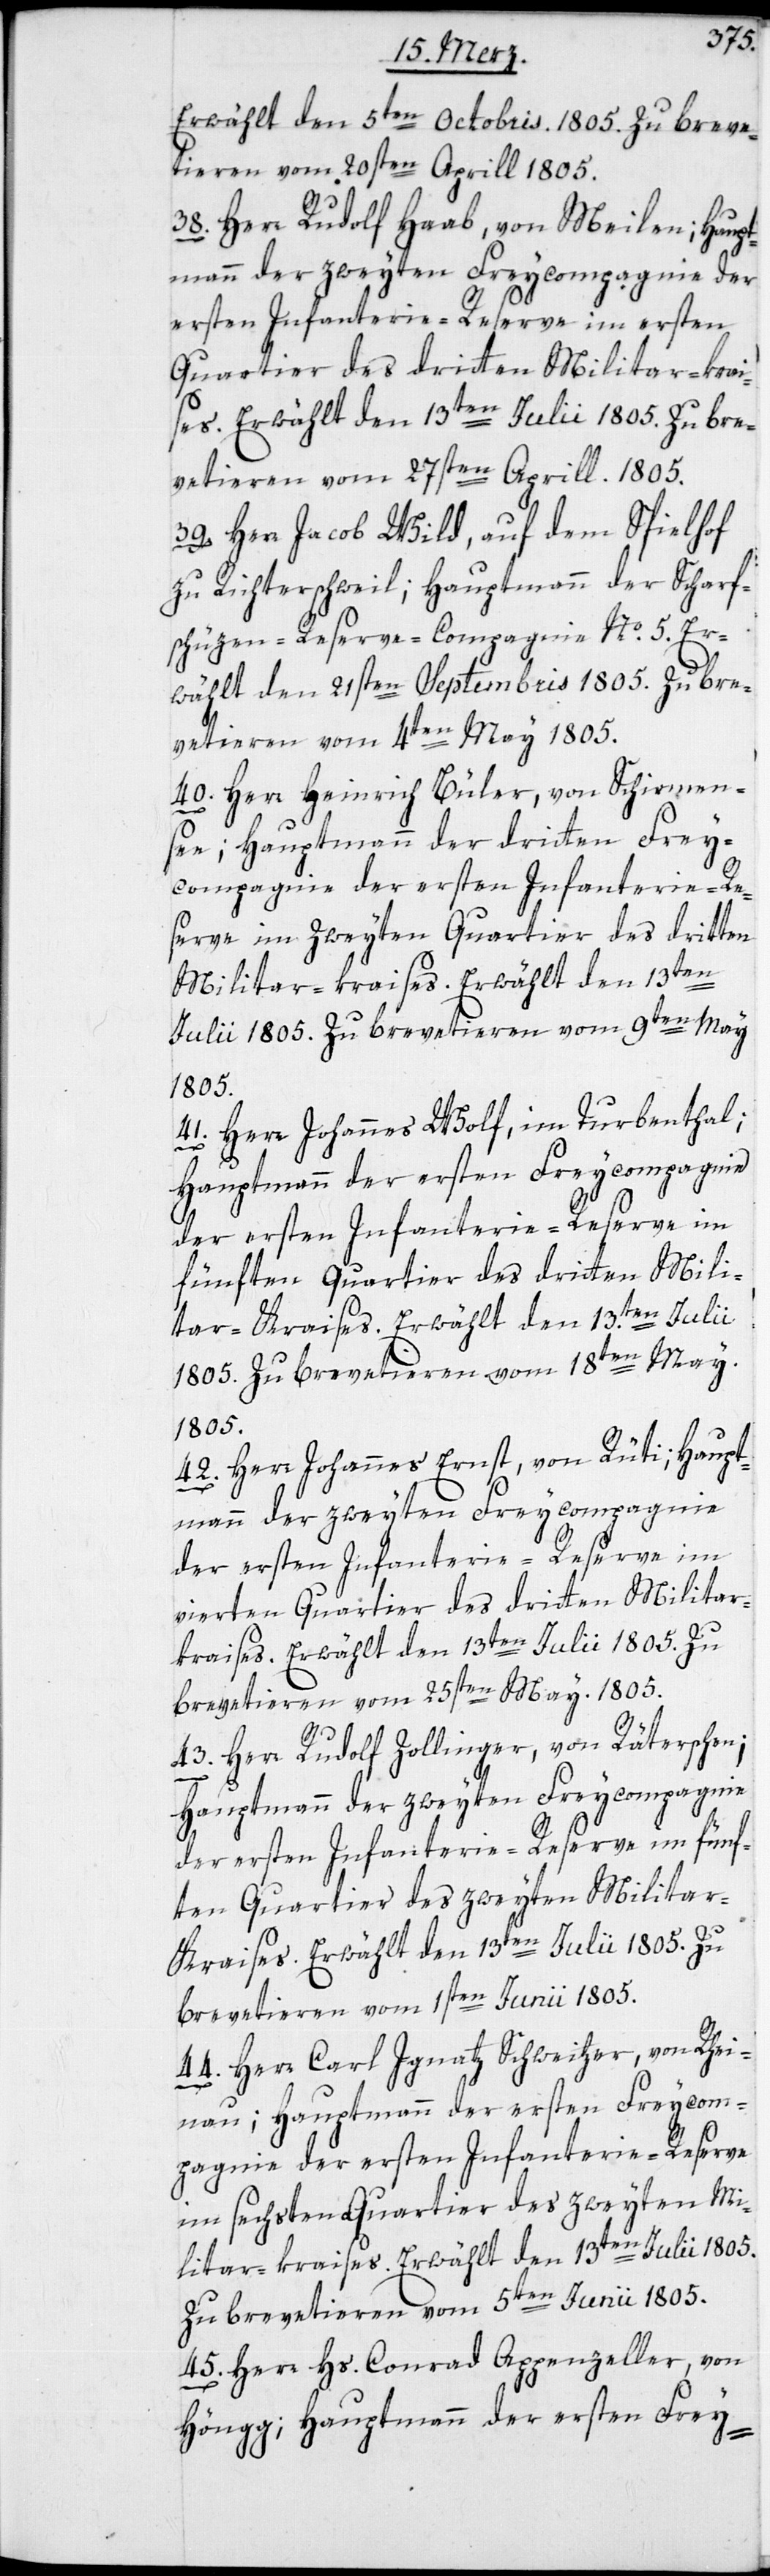
Erwählt den 5ten Octobris. 1805. Zu breve¬
tieren vom 20sten Aprill 1805.
38. Herr Rudolf Haab, von Meilen; Haupt¬
mann der zweyten Freycompagnie der
ersten Infanterie-Reserve im ersten
Quartier des dritten Militar-krai¬
ses. Erwählt den 13ten Julii 1805. Zu bre¬
vetieren vom 27sten Aprill. 1805.
39. Herr Jacob Wild, auf dem Spielhof
zu Richterschweil; Hauptmann der Scharf¬
schüzen-Reserve-Compagnie No. 5. Er¬
wählt den 21sten Septembris 1805. Zu bre¬
vetieren vom 4ten May 1805.
40. Herr Heinrich Büler, von Schirmen¬
see; Hauptmann der dritten Frey¬
compagnie der ersten Infanterie-Re¬
serve im zweyten Quartier des dritten
Militair-kraises. Erwählt den 13ten
Julii 1805. Zu brevetieren vom 9ten May
1805.
41. Herr Johannes Wolf, im Turbenthal;
Hauptmann der ersten Freycompagnie
fünften Quartier des dritten Mili¬
tar-Kraises. Erwählt den 13ten Julii
1805. Zu brevetieren vom 18ten May
1805.
42. Herr Johannes Ernst, von Rüti; Haupt¬
mann der zweyten Freycompagnie
der ersten Infanterie-Reserve im
vierten Quartier des dritten Militar¬
kraises. Erwählt den 13ten Julii 1805. Zu
brevetieren vom 25sten May. 1805.
43. Herr Rudolf Zollinger, von Räterschen;
Hauptmann der zweyten Freycompagnie
der ersten Infanterie-Reserve im fünf¬
ten Quartier des zweyten Milita¬
r-Kraises. Erwählt den 13ten Julii 1805. Zu
brevetieren vom 1sten Junii 1805.
44. Herr Carl Ignaz Schweitzer, von Rhei¬
nau; Hauptmann der ersten Freycom¬
pagnie der ersten Infanterie-Reserve
im sechsten Quartier des zweyten Mi¬
litar-kraises. Erwählt den 13ten Julii 1805.
Zu brevetieren vom 5ten Junii 1805.
45. Herr Hs. Conrad Appenzeller, von
Höngg; Hauptmann der ersten Frey-